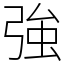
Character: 強